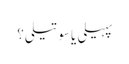
پہیلی یا سوتیلی؟